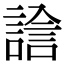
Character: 𧪃